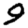
Digit: 9